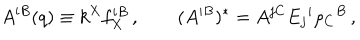
A ^ { i B } ( q ) \equiv k ^ { X } f _ { X } ^ { i B } \, , \qquad ( A ^ { i B } ) ^ { * } = A ^ { j C } E _ { j } { } ^ { i } \rho _ { C } { } ^ { B } \, ,